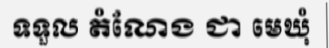
ទទួល តំណែង ជា មេឃុំ